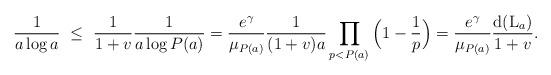
LaTeX: \begin{align*}\frac{1}{a\log a} \ \le \ \frac{1}{1+v}\frac{1}{a\log P(a)} = \frac{e^\gamma}{\mu_{P(a)}}\frac{1}{(1+v)a}\prod_{p<P(a)}\Big(1-\frac{1}{p}\Big) = \frac{e^\gamma}{\mu_{P(a)}}\frac{{\rm d}({\rm L}_a)}{1+v}.\end{align*}